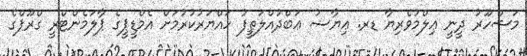
މަޝްހޫރު ދީނީ ޢިލްމުވެރިޔާ ޑރ. ޢިޔާޟު ޢަބްދުއްލަޠީފު ހައްޔަރުކުރުމަށް އެމްޑީޕީގެ ޕާލަމެންޓްރީ ގްރޫޕްގެ